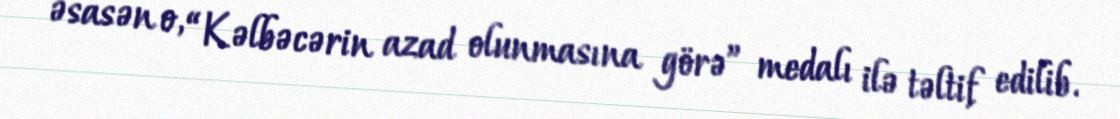
əsasən o, “Kəlbəcərin azad olunmasına görə” medalı ilə təltif edilib.